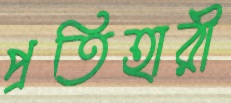
প্রতিহারী